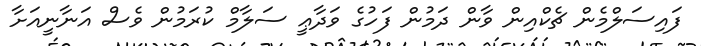
ފައިސަލްމެން ޗެކްއިން ވާން ދަމުން ފަހުގެ ވަދާޢީ ސަލާމް ކުރަމުން ވެސް އަނާނީއަށާ